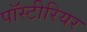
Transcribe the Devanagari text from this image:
पॉस्टीरियर